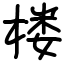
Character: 楼